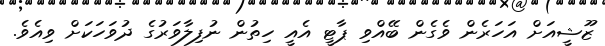
ޒޫޝީއަށް އަހަރެން ވެގެން ބޭއްވި ޕާޓީ އެއީ ހިތުން ނުފިލާވަރުގެ ދުވަހަކަށް ވިއެވެ.